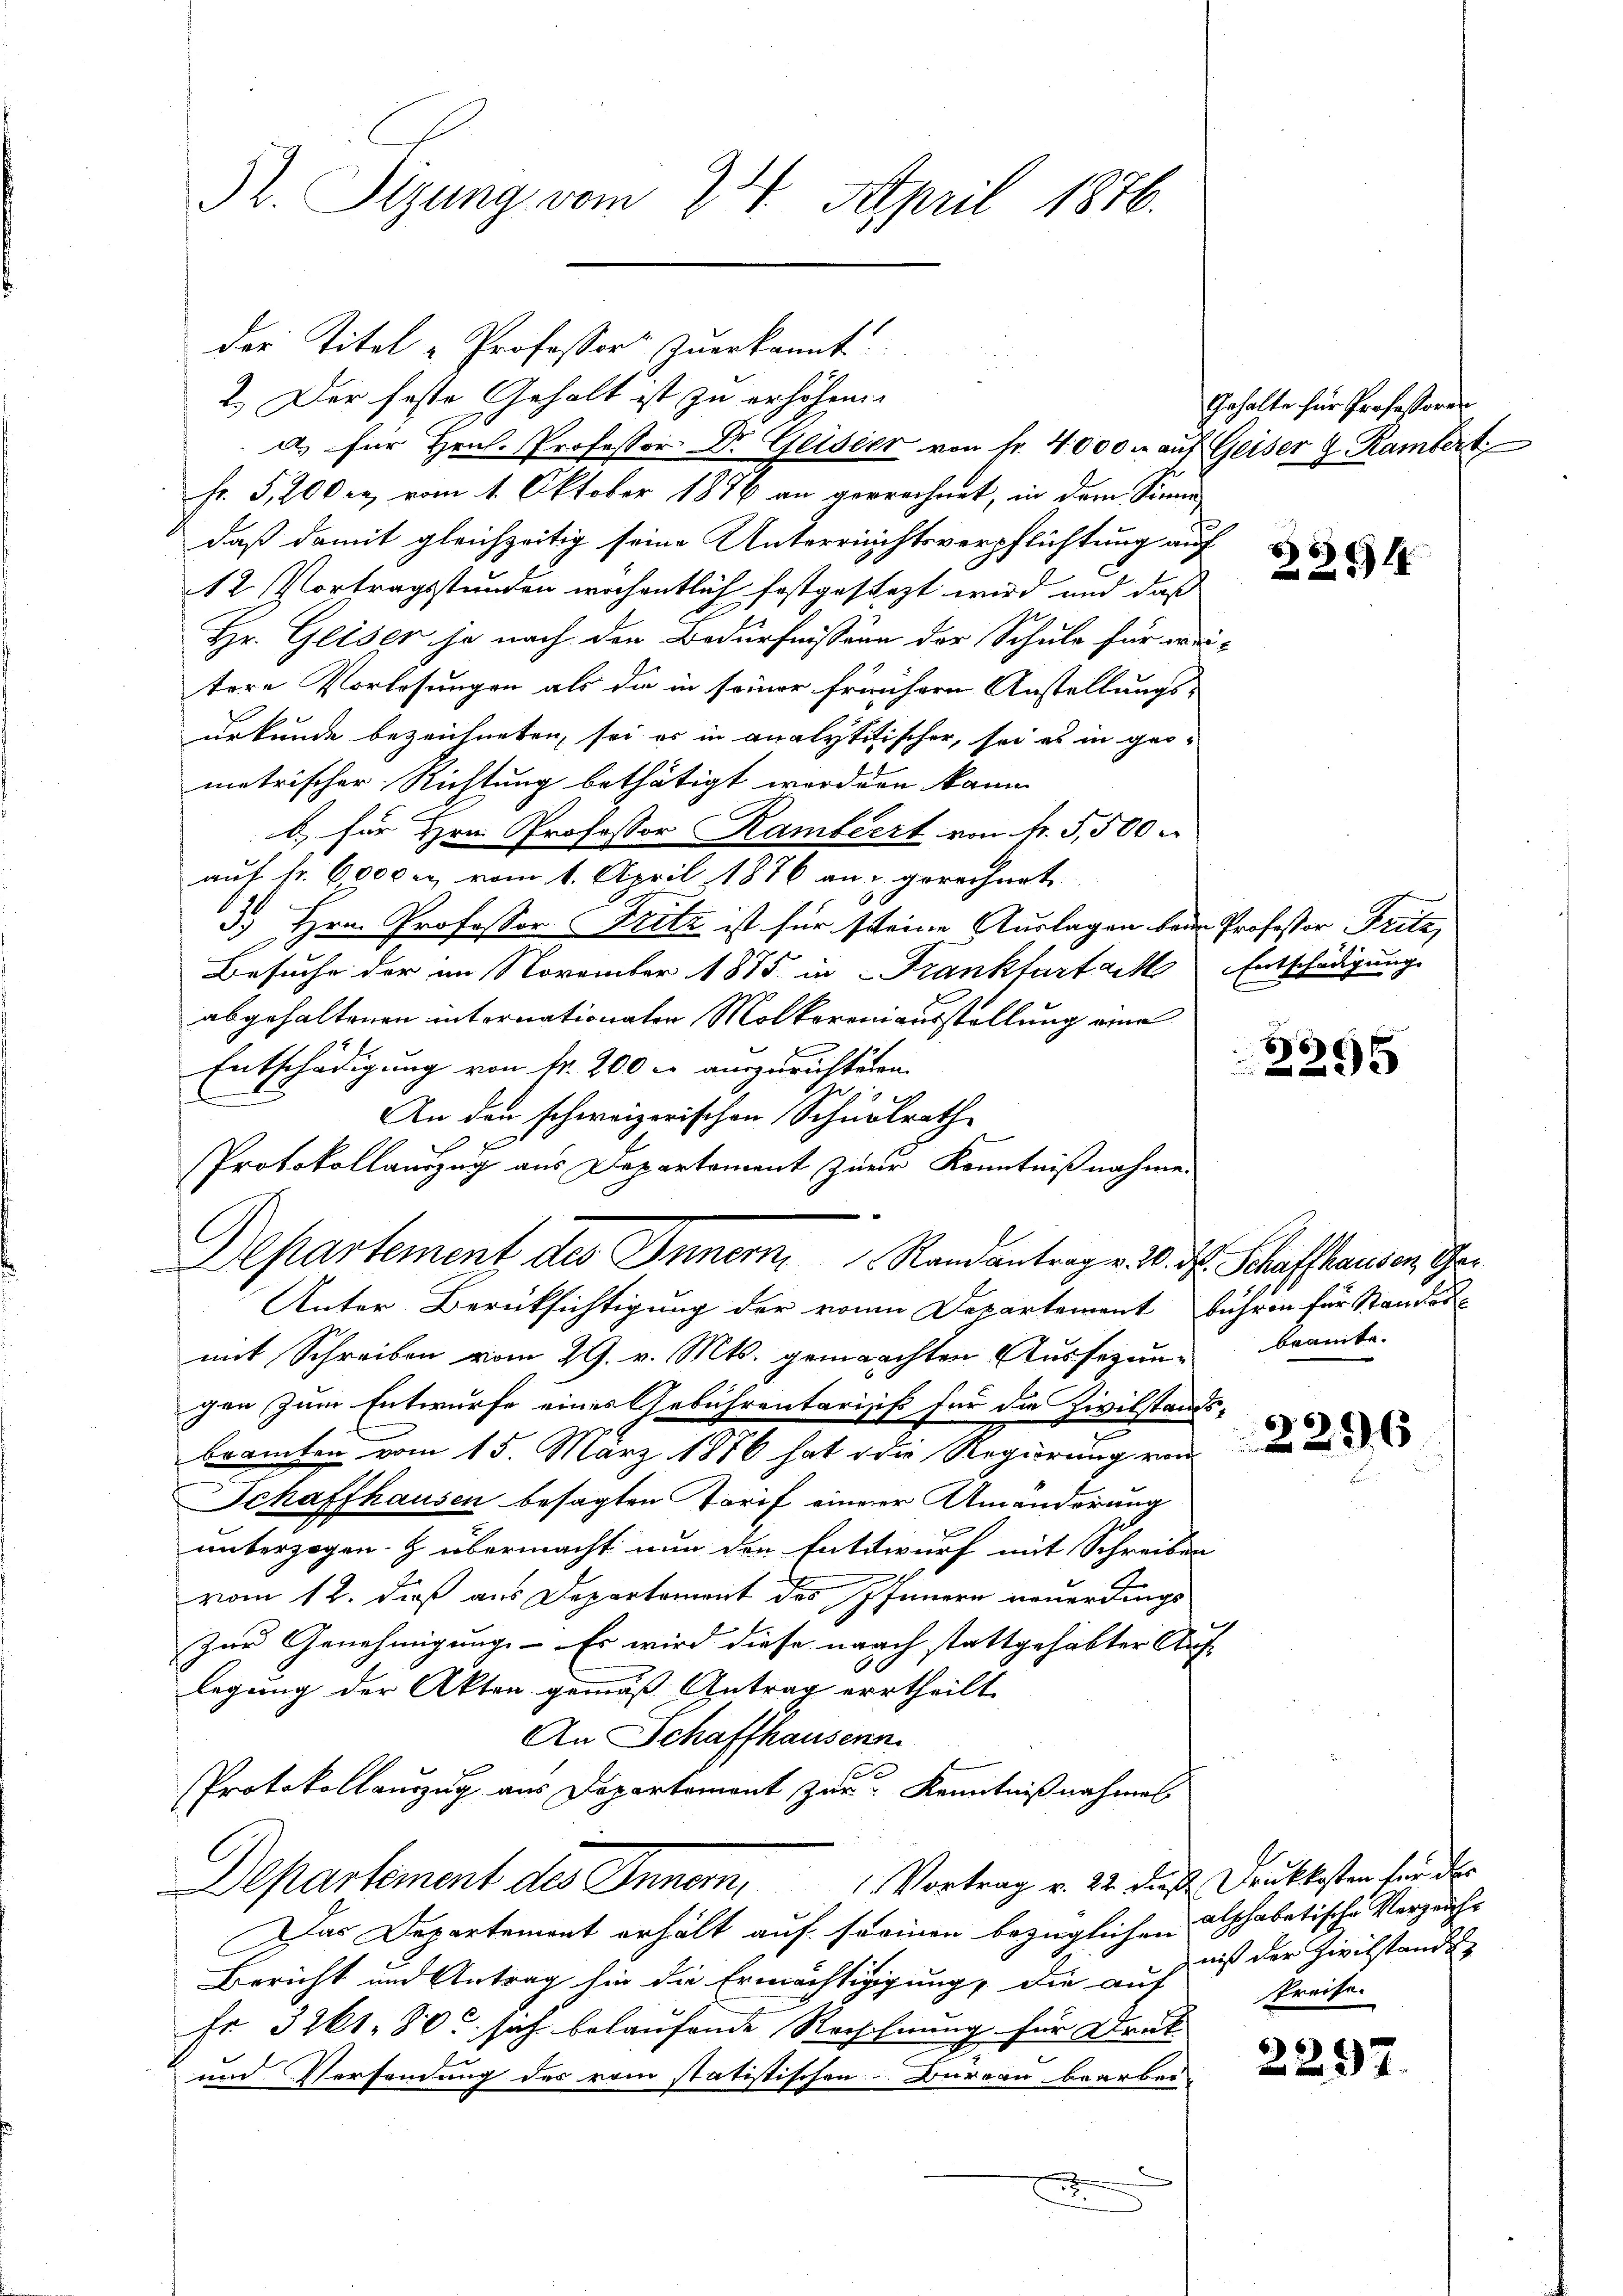
Gr. Sizung vom 24. April 1876.

der Titel „Professors zuerkannt
2.) Der feste Gehalt ist zu erhöhen.
Fr. 5, 200 c. vom 1. Oktober 1876 an gerrechnet, in dem Sinne
daß damit gleichzeitig seine Unterreichtsverpflichtung auf
12. Vortragsstunden wöchentlich festgesteht wird und daß
Hr. Geiser je nach den Bedürfnissene der Schule für wei-
tere Vorlesungen als die in seiner frühern Anstellungs-
urkunde bezeichneten, sei es in analytitischer, sei es in geometrischer Richtung bethätigt worden kann.
b) für Hrn. Professor Rambeert von Fr. 5,500
auf fr. 6000 u. vom 1. April 1876 an u gerechnet
3. Hrn. Professor Fritz ist für seine Auslagen beim Professor Fritz,
Besuche der im November 1875 in Frankfurt aut Entschädigung
abgehaltenen internationaten Molkereinausstellung eine
Entschädigung von fr. 200 l. auszurichteten.
An den schweizerischen Schulrath
Protokollauszug aus Departement zur Kenntnißnahme
Unter Berüksichtigung der von Departement bühren für Standes
mit Schreiben vom 29. v. Mts. gemachten Aussagung beamte.
gen zum Entwurfe eines Gebührentarisis für die Zivilstands-
beamten vom 15. März 1886 hat die Regierung von
Schaffhausen besagten Tarif einer Umänderung
unterzogen. Z. übermacht nun den Entwurf mit Schreiben
vom 12. dieß aus Departement des Innern neuerdings
b
Zur Genehmigung. - Es wird diese nach stattgehabter Auf- |
legung der Akten gemäß Antrag ertheilt.
An Schaffhausern.
Protokollauszug aus Departemont zur Kenntnißnahmen
Departement des Inner Vortrag v. 22. dieß. Dankkosten für des
Das Departement erhält auf seinen bezüglichen alphabetische Verzeicht
Bericht und Antrag hin die Ermächtigung, die auf
Fr. 3261. 80 sich belaufende Reichnung für Druk
und Versendung des vom statistischen Bureau bearber
.

Departement des Innern Randantrage 10. Fr. Schaffhausen, Ge¬

a) für Hrn. Professor Dr. Geister von fr. 4000. auf Geiser G. Rambert

Gehalte für Professoren

384

6
25

6

niß der Zivilstande
Preise.

2297.